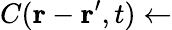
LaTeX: C(\mathbf{r}-\mathbf{r^{\prime}},t)\gets